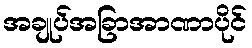
အချုပ်အခြာအာဏာပိုင်